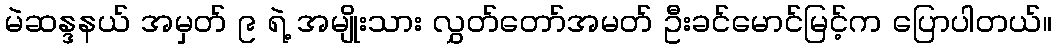
မဲဆန္ဒနယ် အမှတ် ၉ ရဲ့ အမျိုးသား လွှတ်တော်အမတ် ဦးခင်မောင်မြင့်က ပြောပါတယ်။